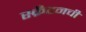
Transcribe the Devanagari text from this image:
स्क्रँटनची